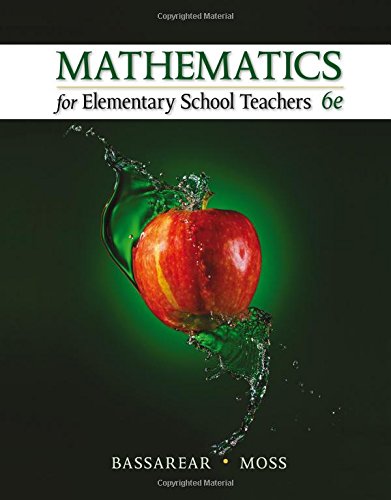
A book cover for Mathematics for Elementary School Teachers; Tom Bassarear; Science & Math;